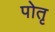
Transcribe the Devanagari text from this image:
पोतृ